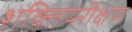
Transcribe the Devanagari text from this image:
शक्तिपरीक्षण